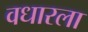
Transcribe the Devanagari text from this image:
वधारला